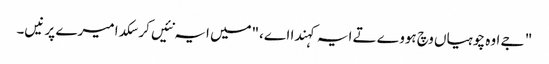
" جے اوہ چوہیاں وچ ہووے تے ایہ کہندا اے،"میں ایہ نئیں کر سکدا میرے پر نیں۔